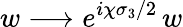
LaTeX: w\longrightarrow e^{i\chi\sigma_{3}/2}\, w